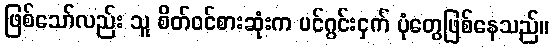
ဖြစ်သော်လည်း သူ စိတ်ဝင်စားဆုံးက ပင်ဂွင်းငှက် ပုံတွေဖြစ်နေသည်။